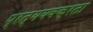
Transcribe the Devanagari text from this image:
प्रत्ययवक्रता